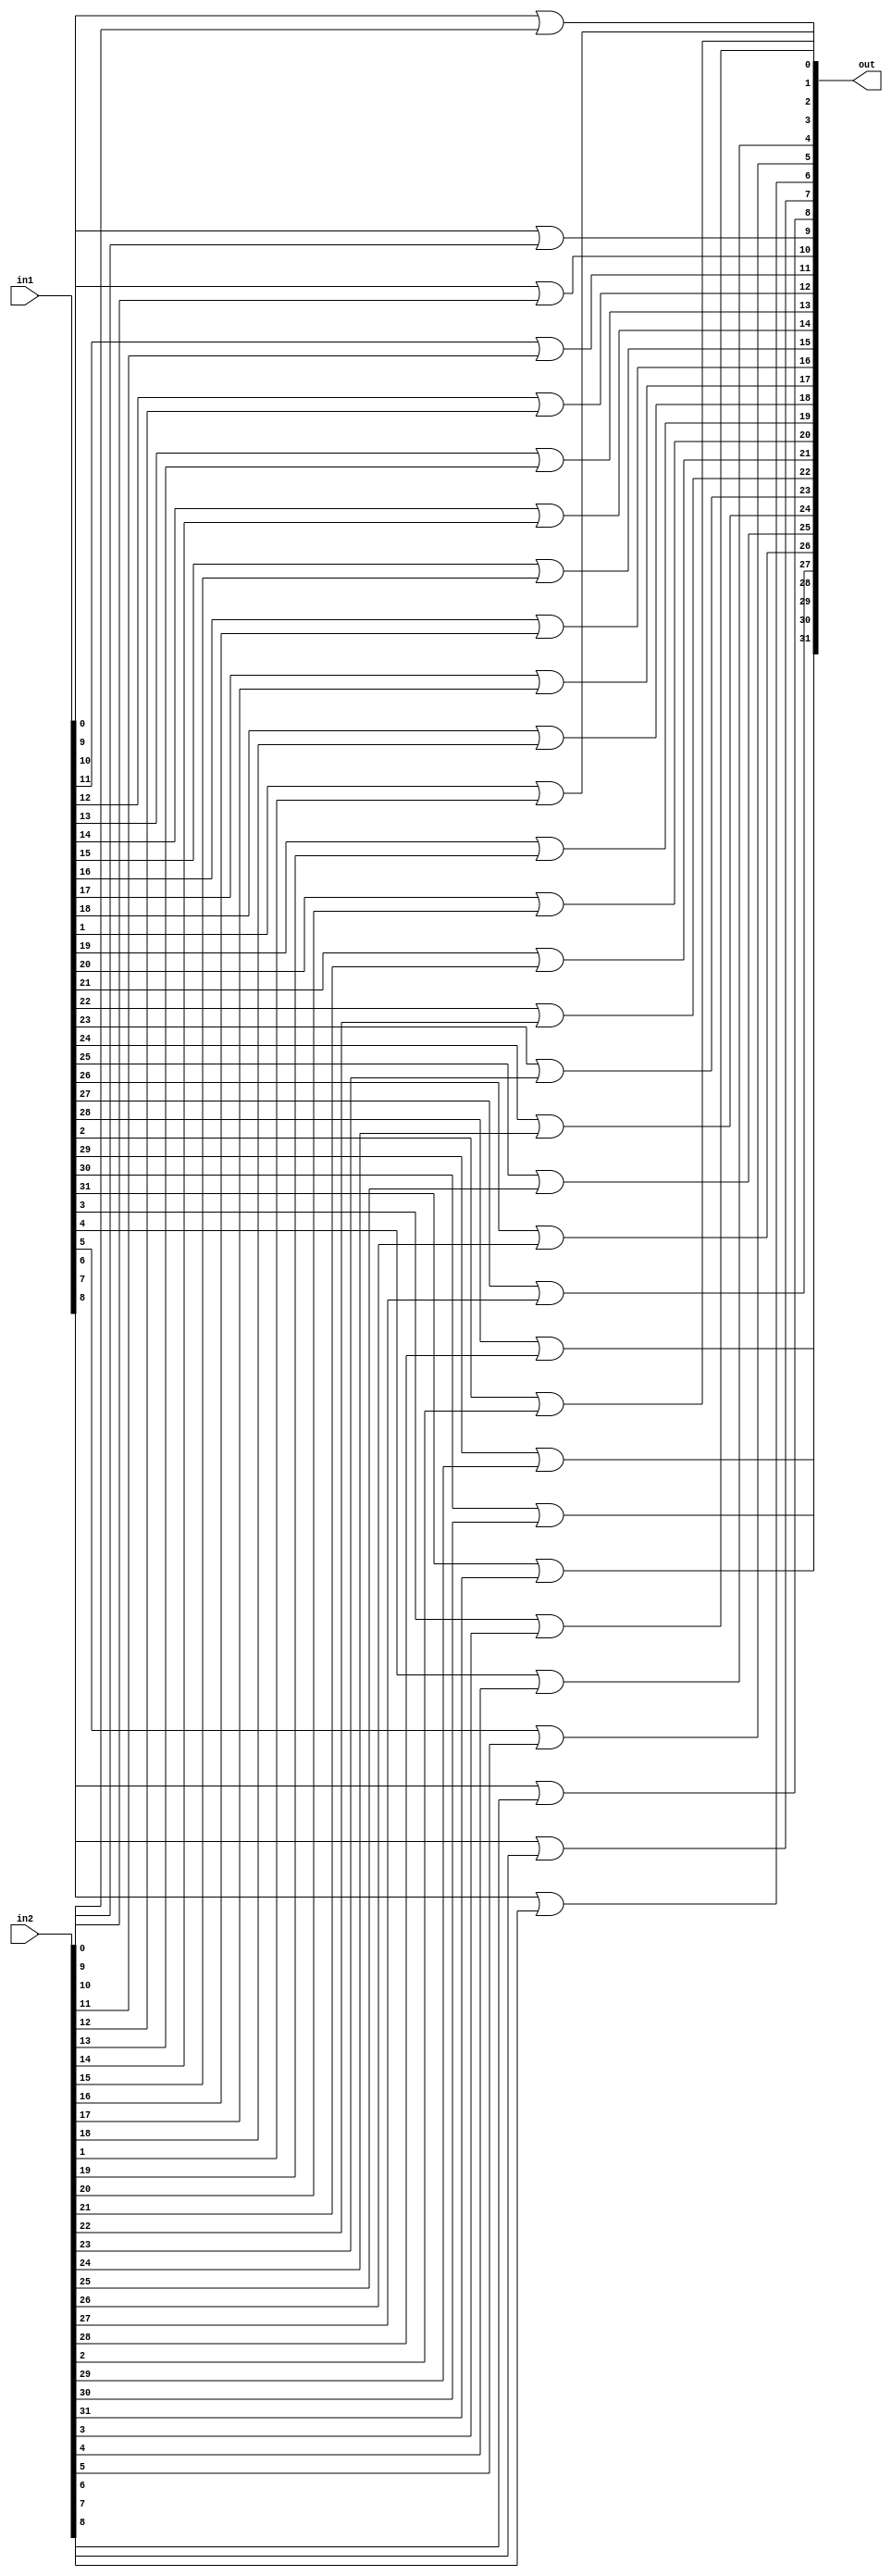
`timescale 1ns / 1ps
//////////////////////////////////////////////////////////////////////////////////
// Company: 
// Engineer: 
// 
// Design Name: 
// Module Name: OR
// Project Name: 
// Target Devices: 
// Tool Versions: 
// Description: 
// 
// Dependencies: 
// 
// Revision:
// Revision 0.01 - File Created
// Additional Comments:
// 
//////////////////////////////////////////////////////////////////////////////////


module OR(out, in1, in2);

parameter N = 32;

output [N-1:0] out;
input [N-1:0] in1, in2;

genvar i;
generate
for (i = 0; i < N; i=i+1)begin
    or orgate (out[i], in1[i], in2[i]);
    end
endgenerate
endmodule